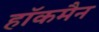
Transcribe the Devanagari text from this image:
हाॅकमैन